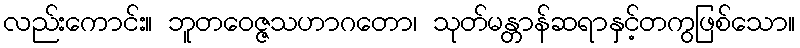
လည်းကောင်း။ ဘူတဝေဇ္ဇသဟာဂတော၊ သုတ်မန္တာန်ဆရာနှင့်တကွဖြစ်သော။